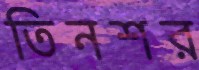
তিনশর